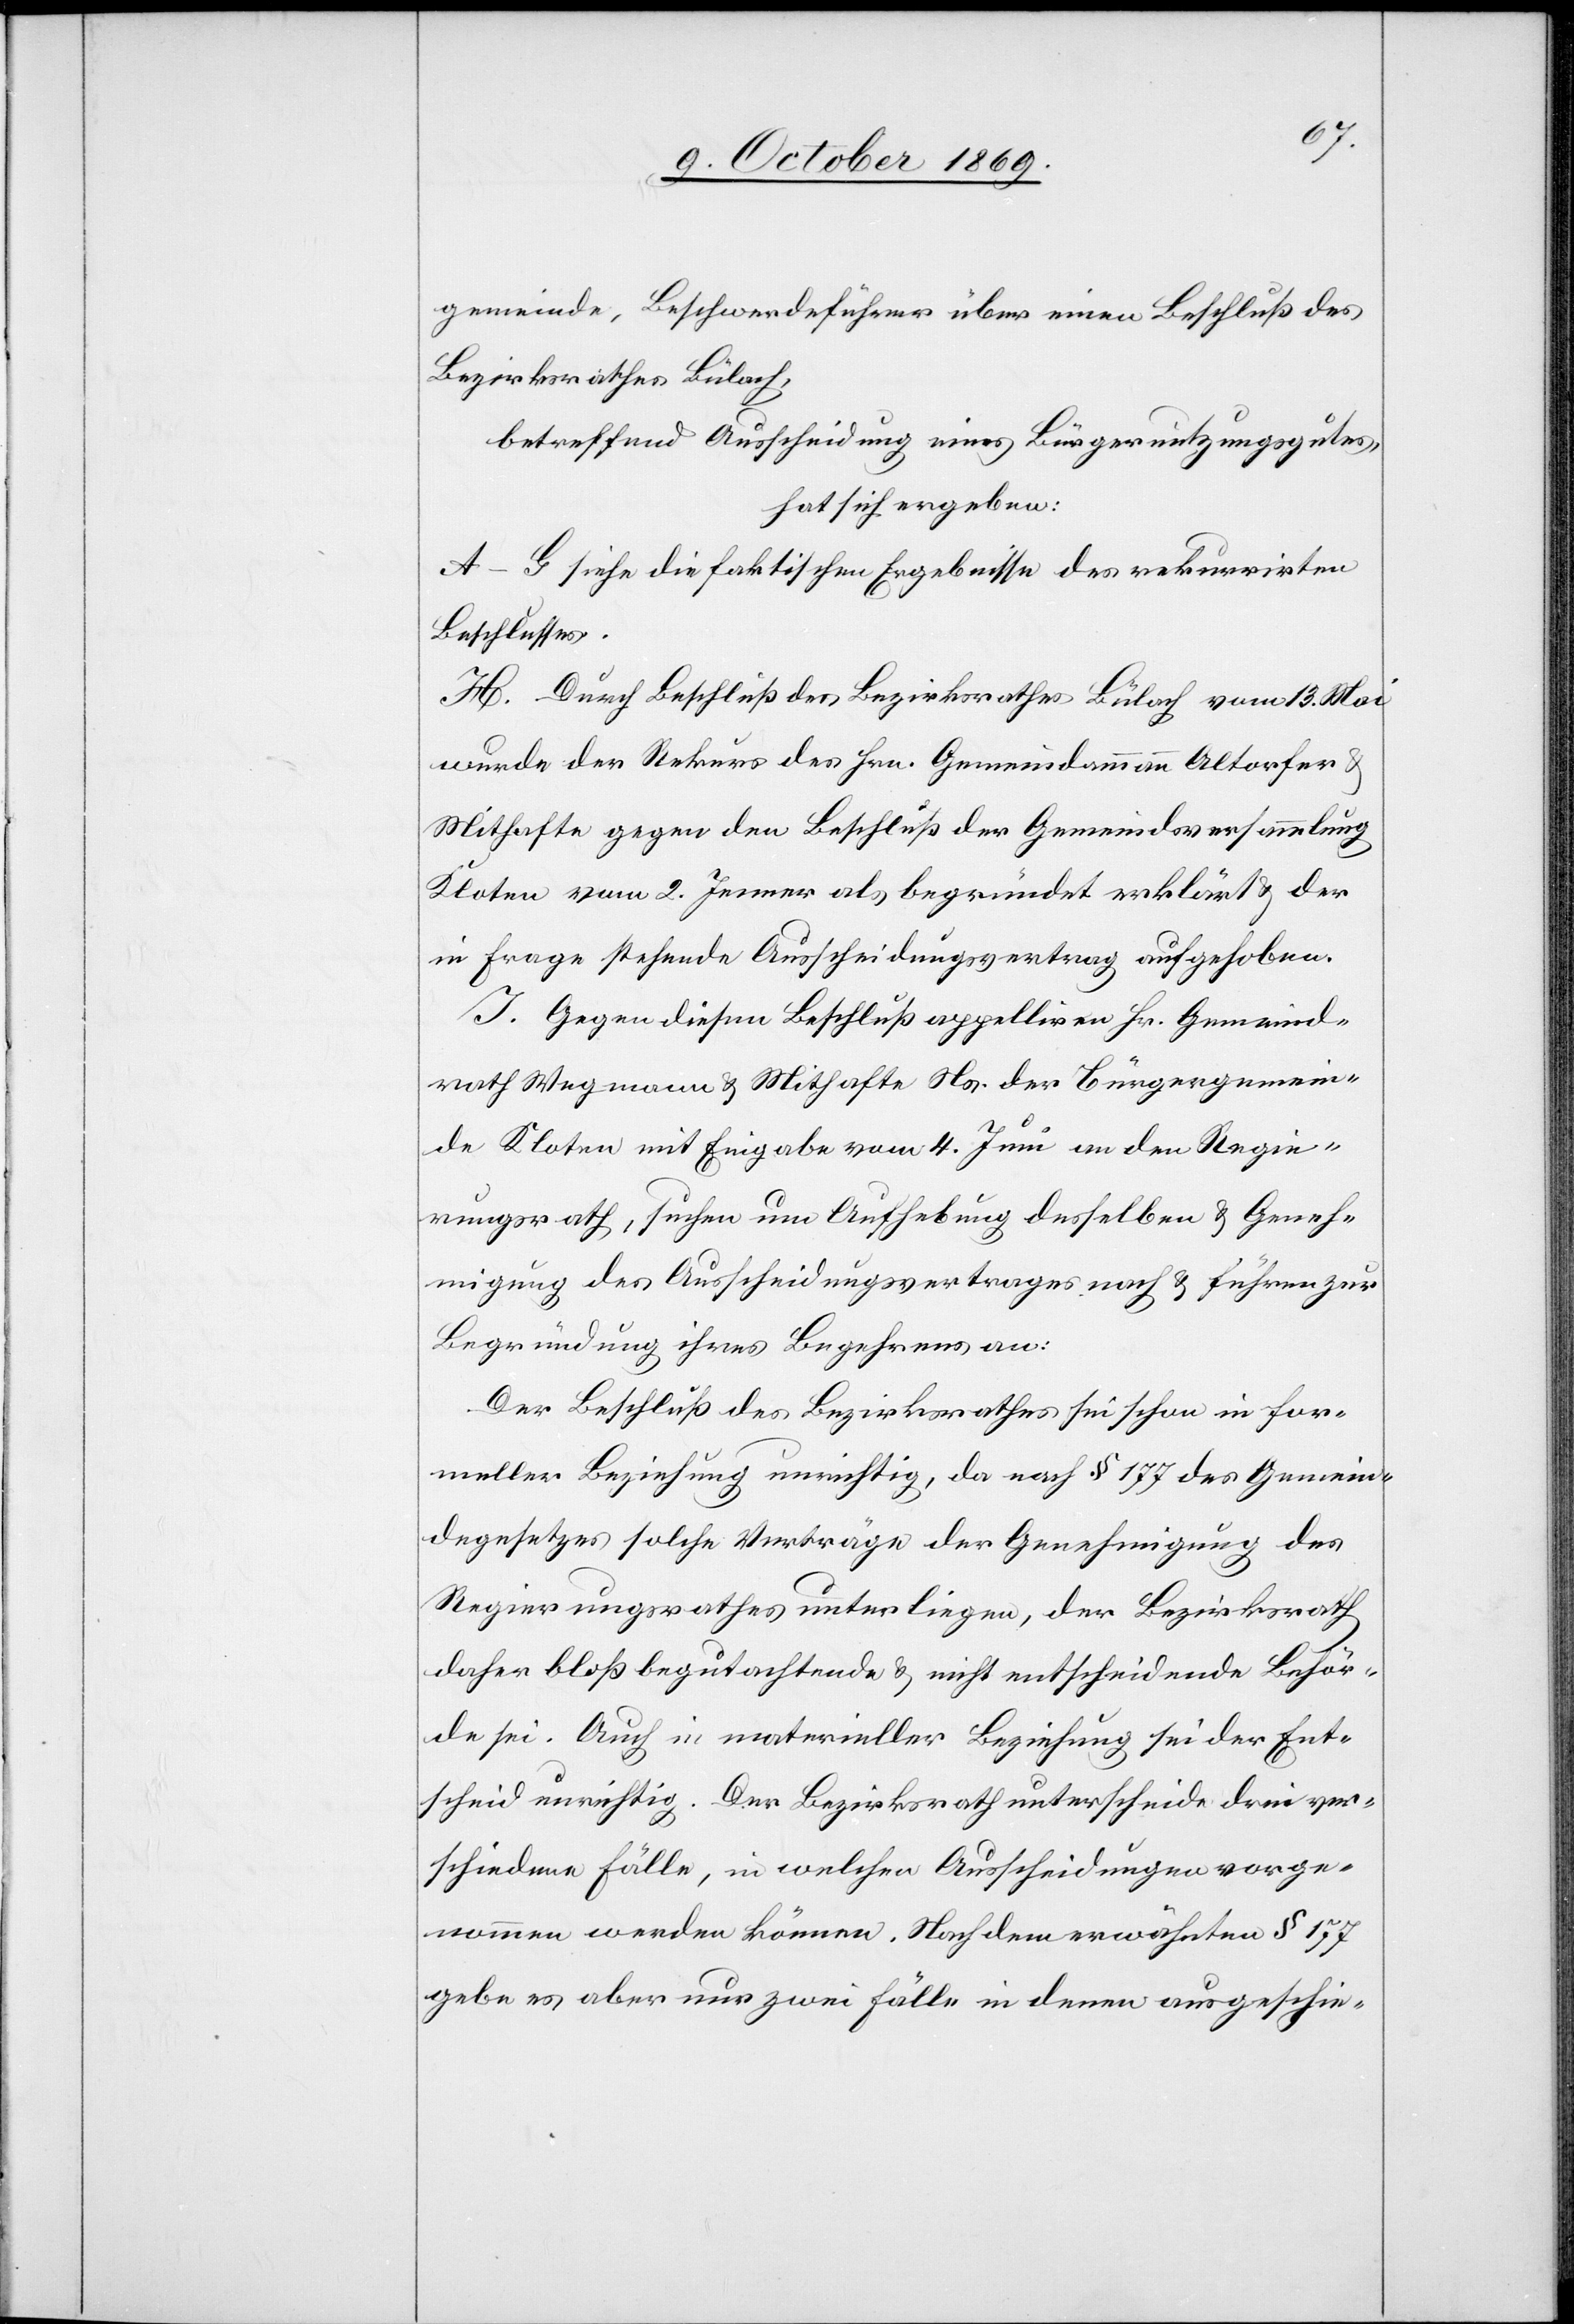
gemeinde, Beschwerdeführer über einen Beschluß des
Bezirksrathes Bülach,
betreffend Ausscheidung eines Bürgernutzungsgutes,
hat sich ergeben:
A–G siehe die faktischen Ergebnisse des rekurrirten
Beschlusses.
H. Durch Beschluß des Bezirksrathes Bülach vom 13. Mai
wurde der Rekurs des Hrn. Gemeindammann Altorfer &
Mithafte gegen den Beschluß der Gemeindsversammlung
Kloten vom 2. Jenner als begründet erklärt & der
in Frage stehende Ausscheidungsvertrag aufgehoben.
I. Gegen diesen Beschluß appelliren Hr. Gemeind¬
rath Wegmann & Mithafte Ns. der Bürgergemein¬
de Kloten mit Eingabe vom 4. Juni an den Regie¬
rungsrath, suchen um Aufhebung desselben & Geneh¬
migung des Ausscheidungsvertrages nach & führen zur
Begründung ihres Begehrens an:
Der Beschluß des Bezirksrathes sei schon in for¬
meller Beziehung unrichtig, da nach § 177 des Gemein¬
degesetzes solche Verträge der Genehmigung des
Regierungsrathes unterliegen, der Bezirksrath
daher bloß begutachtende & nicht entscheidende Behör¬
de sei. Auch in materieller Beziehung sei der Ent¬
scheid unrichtig. Der Bezirksrath unterscheide drei ver¬
schiedene Fälle, in welchen Ausscheidungen vorge¬
nommen werden können. Nach dem erwähnten § 177
gebe es aber nur zwei Fälle in denen ausgeschie-